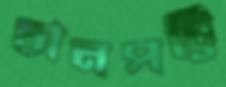
চানপট্টি